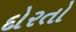
દોરતો